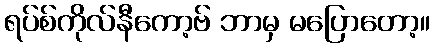
ရပ်စ်ကိုလ်နီကော့ဗ် ဘာမှ မပြောတော့။